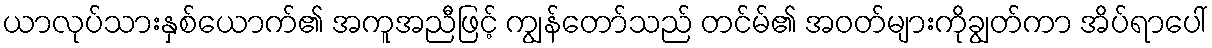
ယာလုပ်သားနှစ်ယောက်၏ အကူအညီဖြင့် ကျွန်တော်သည် တင်မ်၏ အဝတ်များကိုချွတ်ကာ အိပ်ရာပေါ်